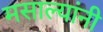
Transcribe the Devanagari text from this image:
मसाल्यांनी